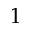
1